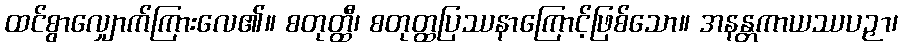
ထင်စွာလျှောက်ကြားလေ၏။ စတုတ္ထီ၊ စတုတ္ထပြဿနာကြောင့်ဖြစ်သော။ အနန္တကာယဿပဉှာ၊